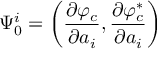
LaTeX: \Psi _ { 0 } ^ { i } = \left( \frac { \partial \varphi _ { c } } { \partial a _ { i } } , \frac { \partial \varphi _ { c } ^ { \ast } } { \partial a _ { i } } \right)